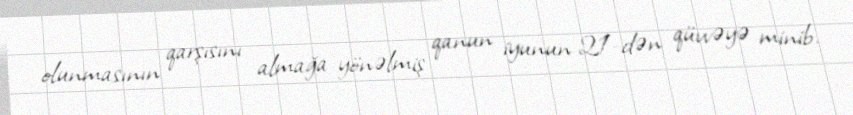
olunmasının qarşısını almağa yönəlmiş qanun iyunun 21-dən qüvvəyə minib.